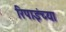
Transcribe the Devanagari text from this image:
रिपाइंच्या